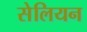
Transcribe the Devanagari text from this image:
सेलियन